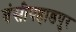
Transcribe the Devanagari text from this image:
बंसीपहाडपुर